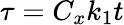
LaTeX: \tau=C_{x}k_{1}t